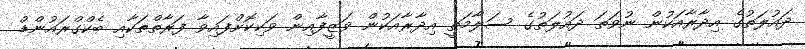
ދައުލަތުގެ އިދާރާއަކުން ނުވަތަ ދައުލަތުގެ ސަލާމަތީ އިދާރާއަކުން ވަޒީފާއިން ވަކިކޮށްފައިވާ ފަރާތްތަކާއި ބެކްގްރައުންޑް